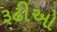
રૂઢીઓ